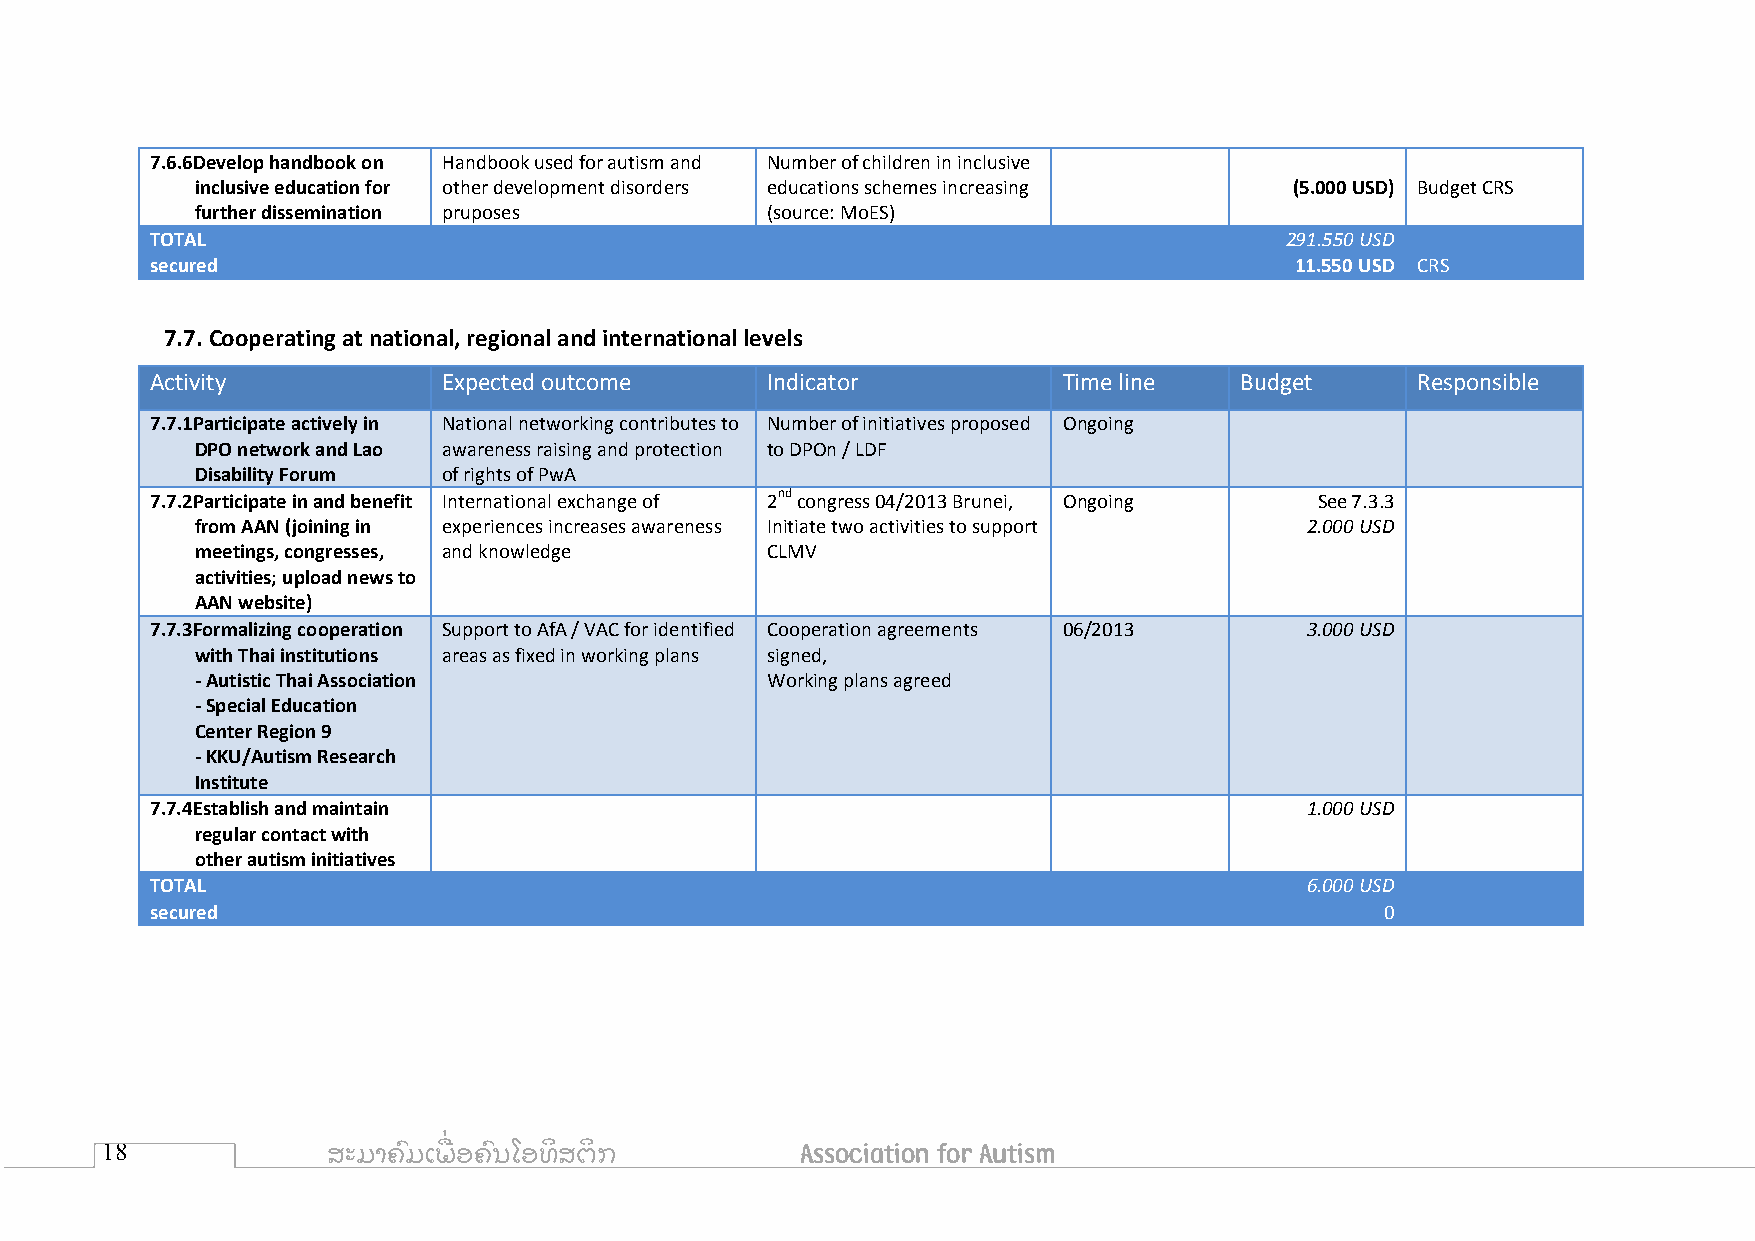
7.6.6Develop handbook on Handbook used for autism and Number of children in inclusive
 inclusive education for other development disorders educations schemes increasing (5.000 USD) Budget CRS
 further dissemination pruposes        (source: MoES)
 TOTAL                                                                      291.550 USD
 secured                                                                     11.550 USD CRS
 7.7. Cooperating at national, regional and international levels
 Activity           Expected outcome      Indicator          Time line   Budget      Responsible
 7.7.1Participate actively in National networking contributes to Number of initiatives proposed Ongoing
 DPO network and Lao awareness raising and protection to DPOn / LDF
 Disability Forum of rights of PwA
 7.7.2Participate in and benefit International exchange of 2nd congress 04/2013 Brunei, Ongoing See 7.3.3
 from AAN (joining in experiences increases awareness Initiate two activities to support 2.000 USD
 meetings, congresses, and knowledge   CLMV
 activities; upload news to
 AAN website)
 7.7.3Formalizing cooperation Support to AfA / VAC for identified Cooperation agreements 06/2013 3.000 USD
 with Thai institutions areas as fixed in working plans signed,
 - Autistic Thai Association           Working plans agreed
 - Special Education
 Center Region 9
 - KKU/Autism Research
 Institute
 7.7.4Establish and maintain                                                 1.000 USD
 regular contact with
 other autism initiatives
 TOTAL                                                                       6.000 USD
 secured                                                                           0
 18             ສະມາຄົ ມເພ ື່ ອຄົ ນໂອທິ ສຕິ ກ  Association for Autism